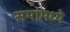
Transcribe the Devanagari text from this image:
समांमध्ये